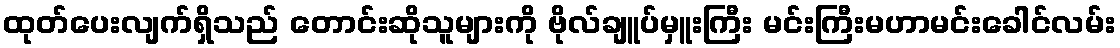
ထုတ်ပေးလျက်ရှိသည် တောင်းဆိုသူများကို ဗိုလ်ချူပ်မှူးကြီး မင်းကြီးမဟာမင်းခေါင်လမ်း